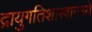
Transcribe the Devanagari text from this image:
द्रायुगतिशास्त्रामध्ये